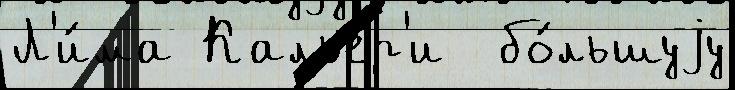
Л'и́ма Кальер'и  бо́льшуjу